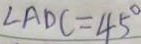
\angle A D C = 4 5 ^ { \circ }